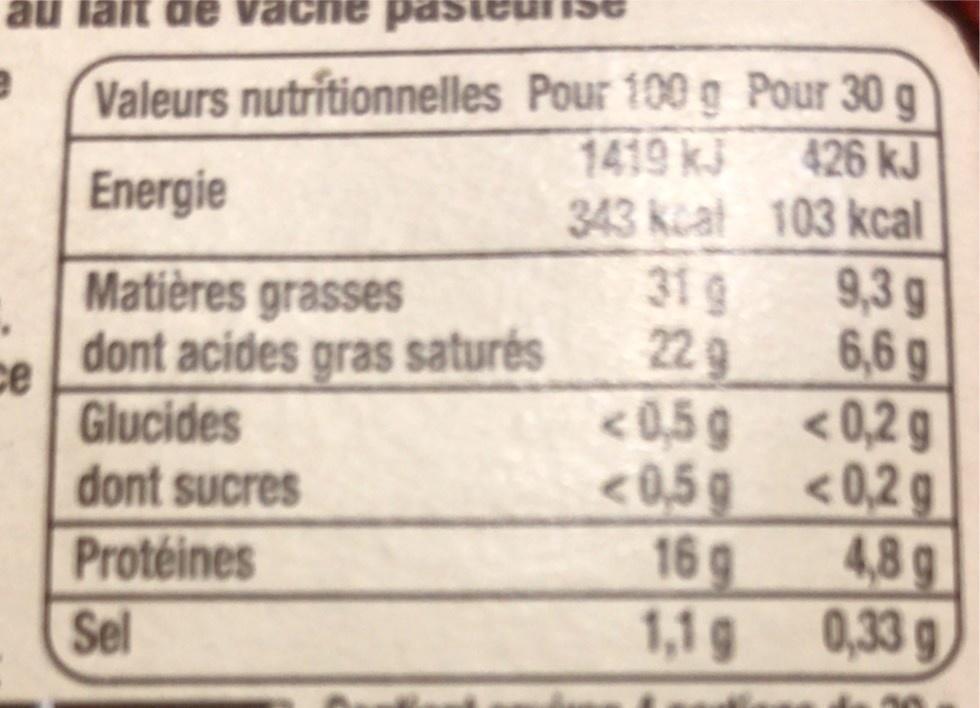
au lait de
pd aue
Valeurs nutritionnelles Pour 100 g Pour 30 g
426 kJ
1419 kJ 343 kcat 103 kcal 9,3 g
Energie
319
Matières grasses dont acides gras saturés
229 < 0,2 g
6,6 g
се Glucides dont sucres Protéines
<0,5 g <0,5g <0,2 g 4,8 g
16 g 0,33 g
Sel
1,1g